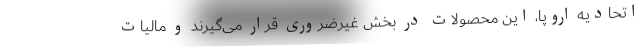
اتحادیه اروپا، این محصولات در بخش غیرضروری قرار می‌گیرند و مالیات